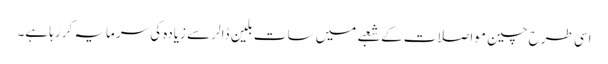
اسی طرح چین مواصلات کے شعبے میں سات بلین ڈالر سے زیادہ کی سرمایہ کر رہا ہے۔